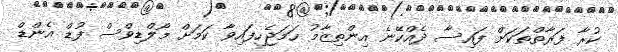
ކުރާ ފަރާތްތަކަށް ފައިސާ ދެއްކޭނެ އިންތިޒާމު ހަމަޖެހިފައިވާ ކަމަށް މޯލްޑިވްސް ފުޑް އެންޑް